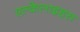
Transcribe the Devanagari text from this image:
एल्केलाइड्स